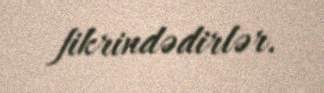
fikrindədirlər.